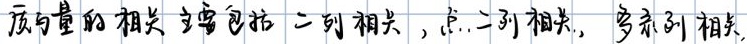
质与量的相关主要包括二列相关，点二列相关，多系列相关。